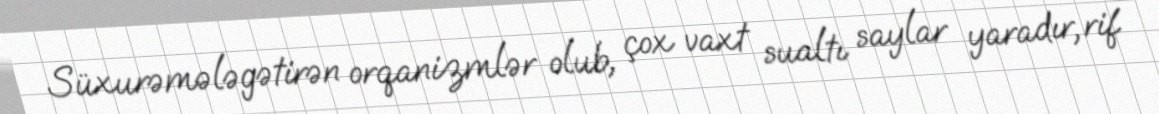
Süxurəmələgətirən orqanizmlər olub, çox vaxt sualtı saylar yaradır, rif